Annual report of the Punjab Veterinary College and of the Civil Veterinary Department, Punjab - 1894-1908
Year: 1894
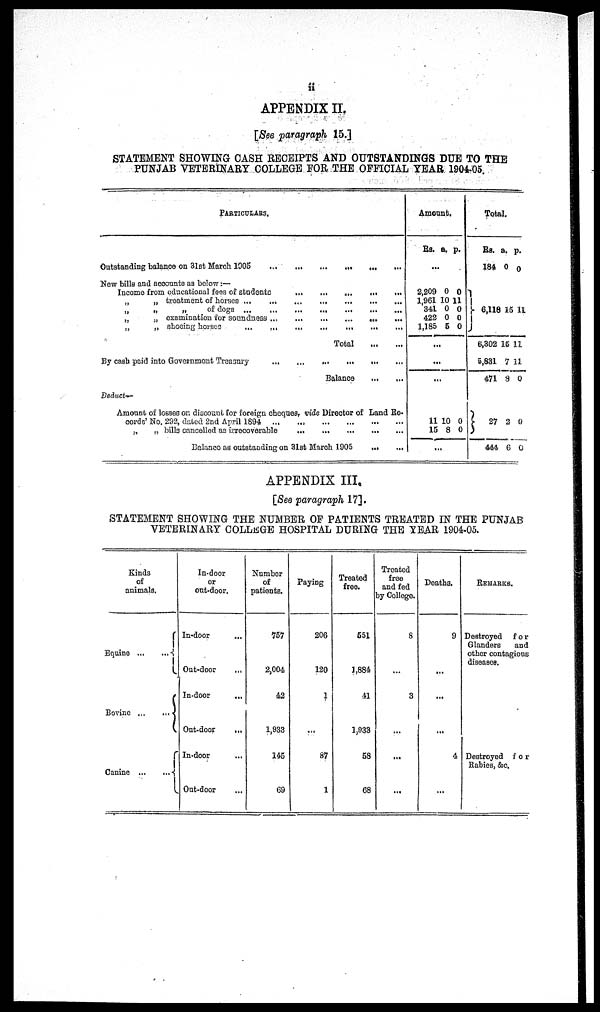
ii
APPENDIX II.
[See paragraph 15.]
STATEMENT SHOWING CASH RECEIPTS AND OUTSTANDINGS DUE TO THE
PUNJAB VETERINARY COLLEGE FOR THE OFFICIAL YEAR 1904-05.
PARTICULARS.
Outstanding balance on 31st March 1905 ... ... ... ... ... ... ... ... ... ...
New bills and accounts as below:—
Income from oducational fees of students ... ... ... ... ... ... ... ... ... ... ...
„
„ treatment of horses ... ... ... ... ... ... ... ...
„
of doge
...
...
...
....
...
„
„
examination for soundness ... ... ... ... ... ... ... ... ... ...
„
„ shoeing horses
... ... ... ... ... ... ... ... ... ...
Total ... ...
By cash paid into Government Treasury
...
...
...
...
...
...
...
Balance
...
...
Deduct—
Amount of losses on discount for foreign cheques, vide Director of Land Re-
cords' No. 292, dated 2nd April 1894 ... ... ... ... ... ... ... ... ...
„
„ bills cancelled as irrecoverable
... ... ... ... ... ... ... ... ...
Daianco as outstanding on 31at March 1905
...
...
Amount.
Rs. a. p.
...
2,209
1,961
341
422
1,185
0
10
0
0
5
0
11
0
0
0
...
...
...
11
15
10
8
0
0
...
Total.
Rs.
184
6,118
6,302
5,831
471 8 0
27
444
a.
0
15
15
7
2
6
p.
0
11
11
11
0
0
APPENDIX III.
[See paragraph 17].
STATEMENT SHOWING THE NUMBER OF PATIENTS TREATED IN THE PUNJAB
VETERINARY COLLEGE HOSPITAL DURING THE YEAR 1904-05.
Kinds
of
animals.
Equine ...
...
Bovine ...
...
Canine
... ...
In-door
or
out-door.
In-door ...
Out-door ...
In-door ...
Out-door
...
In-door...
Out-door...
Number
of
patients.
757
2,004
42
1,933
145
69
Paying
206
120
1
...
87
1
Treated
free.
551
1,884
41
1,933
58
68
Treated
free
and fed
by College.
8
...
3
...
...
...
Deaths.
9
...
...
...
4
...
REMARKS.
Destroyed
for
Glanders
and
other contagious
diseases.
Destroyed
for
Rabies, &c.